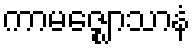
ကာမဇ္ဈောသာနံ